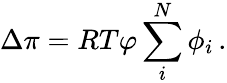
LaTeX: \Delta\pi=RT\varphi\sum_{i}^{N}\phi_{i}\, .